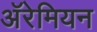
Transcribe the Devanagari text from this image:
अॅरेमियन